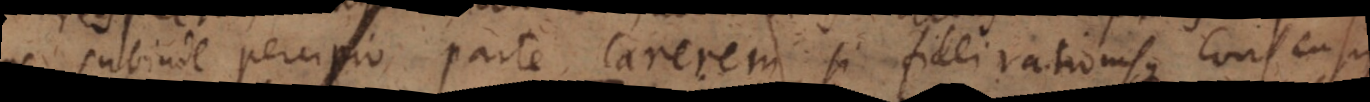
subinde percipio, parte carerem, si fidei rationisque consensus